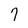
Character: 7